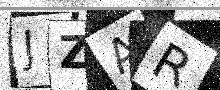
Text: JZAR